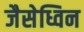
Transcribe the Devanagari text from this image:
जैसेध्विन